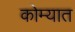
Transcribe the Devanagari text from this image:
कोम्यात